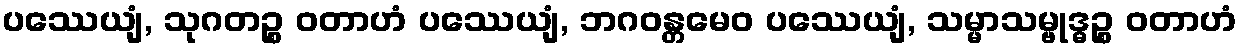
ပဿေယျံ, သုဂတဉ္စ ဝတာဟံ ပဿေယျံ, ဘဂဝန္တမေဝ ပဿေယျံ, သမ္မာသမ္ဗုဒ္ဓဉ္စ ဝတာဟံ